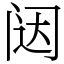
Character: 闼